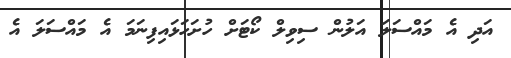
އަދި އެ މައްސަލަ އަލުން ސިވިލް ކޯޓަށް ހުށަހަޅައިފިނަމަ އެ މައްސަލަ އެ